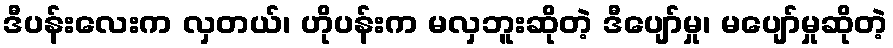
ဒီပန်းလေးက လှတယ်၊ ဟိုပန်းက မလှဘူးဆိုတဲ့ ဒီပျော်မှု၊ မပျော်မှုဆိုတဲ့